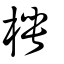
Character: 梬